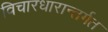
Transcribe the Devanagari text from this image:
विचारधारान्तर्गत